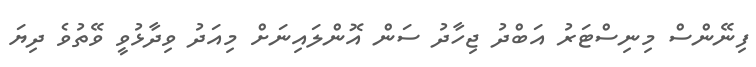
ފިނޭންސް މިނިސްޓަރު އަބްދު ޖިހާދު ސަން އޮންލައިނަށް މިއަދު ވިދާޅުވީ ވޭތުވެ ދިޔަ